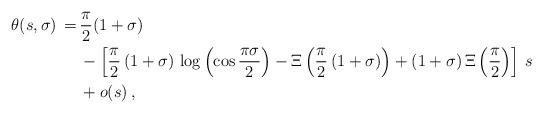
LaTeX: \begin{align*}\theta(s,\sigma)\,=\,&\frac{\pi}{2}(1+\sigma)\\ &-\left[\frac\pi2\,(1+\sigma)\,\log\left(\cos\frac{\pi\sigma}{2}\right)-\Xi\left(\frac{\pi}{2}\,(1+\sigma)\right)+(1+\sigma)\,\Xi\left(\frac{\pi}{2}\right)\right]\, s\\ &+o(s)\,,\end{align*}